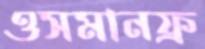
ওসমানফ্র